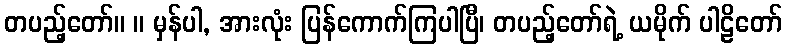
တပည့်တော်။ ။ မှန်ပါ, အားလုံး ပြန်ကောက်ကြပါပြီ၊ တပည့်တော်ရဲ့ ယမိုက် ပါဠိတော်